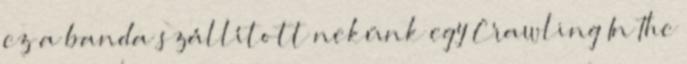
ez a banda szállított nekünk egy Crawling In The